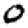
Digit: 0